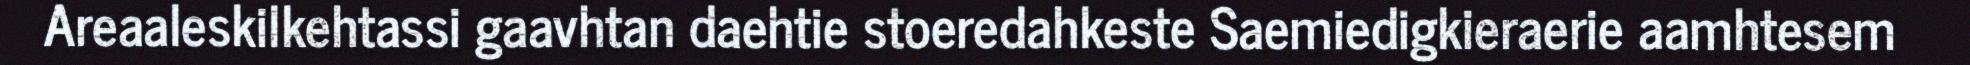
Areaaleskilkehtassi gaavhtan daehtie stoeredahkeste Saemiedigkieraerie aamhtesem